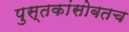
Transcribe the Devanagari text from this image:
पुस्तकांसोबतच